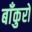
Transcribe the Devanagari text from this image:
बाँकुरो